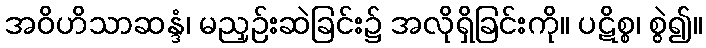
အဝိဟိသာဆန္ဒံ၊ မညှဉ်းဆဲခြင်း၌ အလိုရှိခြင်းကို။ ပဋိစ္စ၊ စွဲ၍။